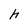
Character: h